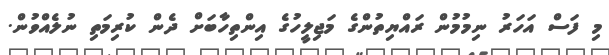
މި ފަސް އަހަރު ނިމުމުން ރައްޔިތުންގެ މަޖިލީހުގެ އިންތިހާބަށް ދެން ކުރިމަތި ނުލެއްވުން.